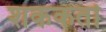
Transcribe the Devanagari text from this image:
शककर्ता